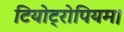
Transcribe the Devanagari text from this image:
टियोट्रोपियम।